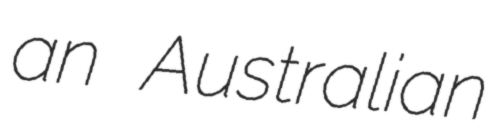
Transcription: an Australian